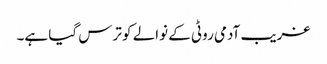
غریب آدمی روٹی کے نوالے کو ترس گیا ہے۔